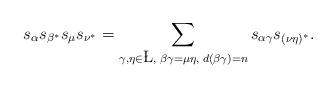
LaTeX: \begin{align*}s_\alpha s_{\beta^*} s_\mu s_{\nu^*} = \sum_{\gamma, \eta \in \L, \; \beta\gamma=\mu\eta, \; d(\beta\gamma)=n}s_{\alpha\gamma}s_{(\nu\eta)^*}.\end{align*}